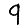
Digit: 9